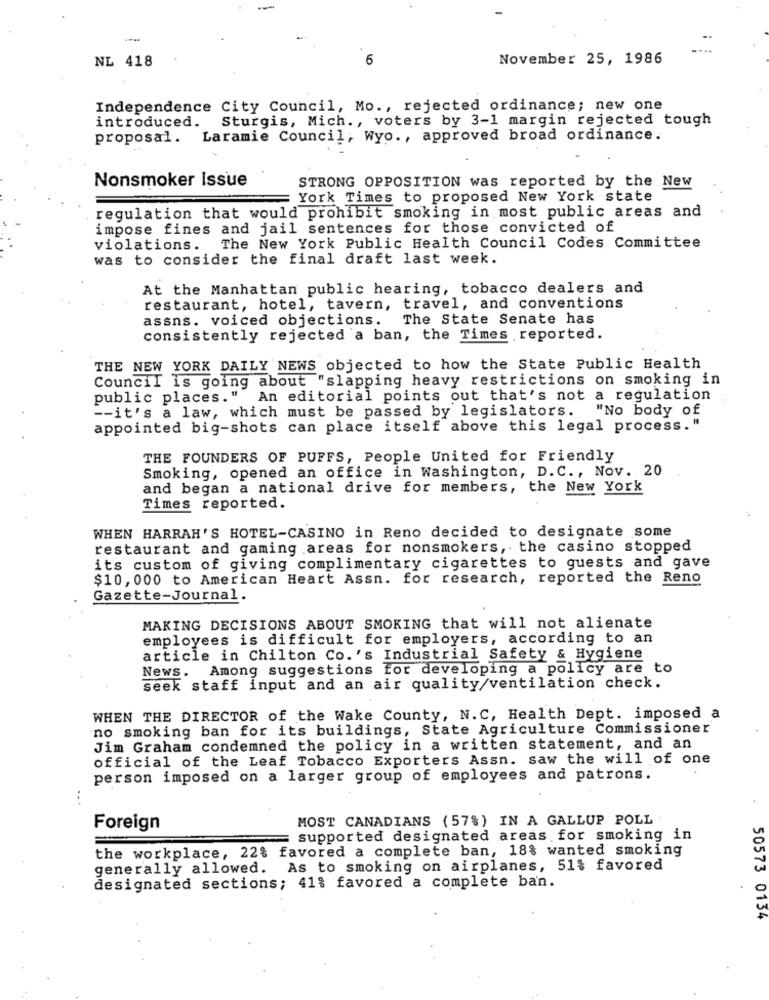
NL 418
6
November 25, 1986
Independence City Council, Mo ., rejected ordinance; new one
introduced. Sturgis, Mich ., voters by 3-1 margin rejected tough
proposal. Laramie Council, Wyo ., approved broad ordinance.
Nonsmoker Issue
STRONG OPPOSITION was reported by the New
York Times to proposed New York state
regulation that would prohibit smoking in most public areas and
impose fines and jail sentences for those convicted of
violations.
The New York Public Health Council Codes Committee
was to consider the final draft last week.
At the Manhattan public hearing, tobacco dealers and
restaurant, hotel, tavern, travel, and conventions
assns. voiced objections.
The State Senate has
consistently rejected a ban, the Times reported.
THE NEW YORK DAILY NEWS objected to how the State Public Health
Council is going about "slapping heavy restrictions on smoking in
public places." An editorial points out that's not a regulation
-- it's a law, which must be passed by legislators.
"No body of
appointed big-shots can place itself above this legal process."
THE FOUNDERS OF PUFFS, People United for Friendly
Smoking, opened an office in Washington, D. C ., Nov. 20
and began a national drive for members, the New York
Times reported.
WHEN HARRAH'S HOTEL-CASINO in Reno decided to designate some
restaurant and gaming areas for nonsmokers, the casino stopped
its custom of giving complimentary cigarettes to guests and gave
$10, 000 to American Heart Assn. for research, reported the Reno
Gazette-Journal.
MAKING DECISIONS ABOUT SMOKING that will not alienate
employees is difficult for employers, according to an
article in Chilton Co. 's Industrial Safety & Hygiene
News. Among suggestions for developing a policy are to
seek staff input and an air quality/ventilation check.
WHEN THE DIRECTOR of the Wake County, N.C, Health Dept. imposed a
no smoking ban for its buildings, State Agriculture Commissioner
Jim Graham condemned the policy in a written statement, and an
official of the Leaf Tobacco Exporters Assn. saw the will of one
person imposed on a larger group of employees and patrons.
MOST CANADIANS (57%) IN A GALLUP POLL
Foreign
supported designated areas for smoking in
the workplace, 22% favored a complete ban, 18% wanted smoking
generally allowed. As to smoking on airplanes, 51% favored
designated sections; 41% favored a complete ban.
50573 0134